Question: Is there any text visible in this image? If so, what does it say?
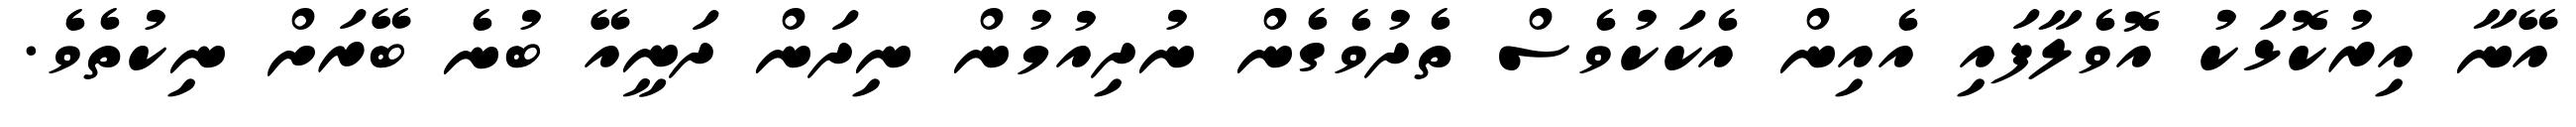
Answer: އޭނާ އިރުކޮޅަކު އޮވެލާފައި އެއިން އެކަކުވެސް ތެދުވެގެން ނުދިއުމުން ނިދަން ދަނީއޭ ބުނެ ބޭރަށް ނިކުތެވެ.